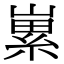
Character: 𡻭